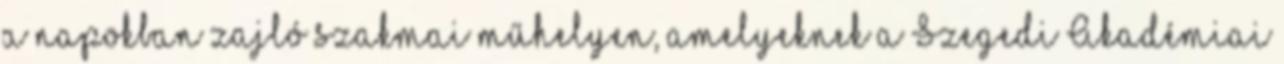
a napokban zajló szakmai műhelyen, amelyeknek a Szegedi Akadémiai